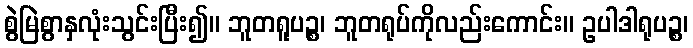
စွဲမြဲစွာနှလုံးသွင်းပြီး၍။ ဘူတရူပဉ္စ၊ ဘူတရုပ်ကိုလည်းကောင်း။ ဥပါဒါရုပဉ္စ၊